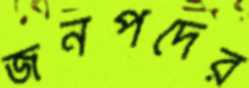
জনপদের